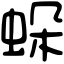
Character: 𧊶